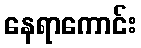
နေရာကောင်း